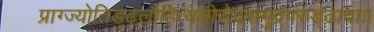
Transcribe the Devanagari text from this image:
प्राग्ज्योतिड्ढलौहित्यक्षीरोदसमुद्रपरुड्ढादाः।